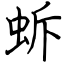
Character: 蚸